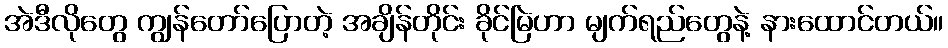
အဲဒီလိုတွေ ကျွန်တော်ပြောတဲ့ အချိန်တိုင်း ခိုင်မြဲဟာ မျက်ရည်တွေနဲ့ နားထောင်တယ်။